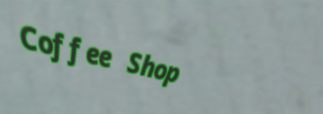
Coffee Shop